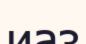
иаз